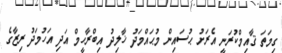
ގިމަތަ ޤާއިމްކުރަނީ އެރަށު ޙުސައިން މުޙައްމަދު ޚާލިދު އިބްރާހީމް އަދި އަހުމަދު ރިޒާގެ